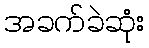
အခက်ခဲဆုံး